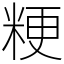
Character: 粳